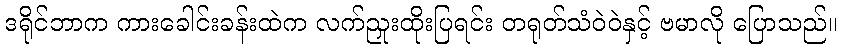
ဒရိုင်ဘာက ကားခေါင်းခန်းထဲက လက်ညှုးထိုးပြရင်း တရုတ်သံဝဲဝဲနှင့် ဗမာလို ပြောသည်။